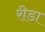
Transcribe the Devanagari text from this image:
रीडा